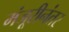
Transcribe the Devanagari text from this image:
मंजूरीनंतर